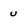
Character: u